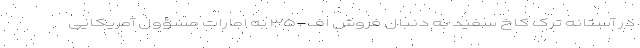
در آستانه ترک کاخ سفید به دنبال فروش اف-۳۵ به امارات مسؤول آمریکایی